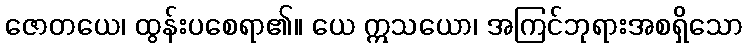
ဇောတယေ၊ ထွန်းပစေရာ၏။ ယေ ဣသယော၊ အကြင်ဘုရားအစရှိသော